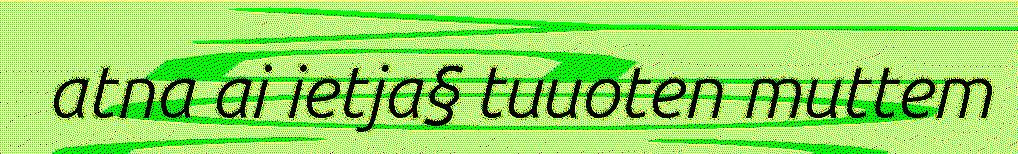
atna ai ietja§ tuuoten muttem